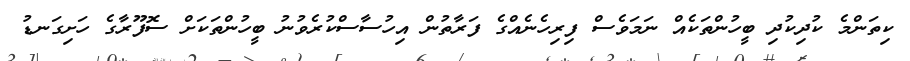
ކިތަންމެ ކުދިކުދި ބީހުންތަކެއް ނަމަވެސް ފިރިހެނެއްގެ ފަރާތުން އިހުސާސްކުރެވުނު ބީހުންތަކަށް ސޮފޫރާގެ ހަށިގަނޑު